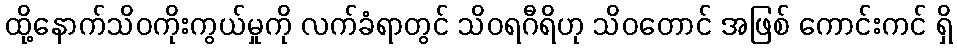
ထို့နောက်သိဝကိုးကွယ်မှုကို လက်ခံရာတွင် သိဝရဂီရိဟု သိဝတောင် အဖြစ် ကောင်းကင် ရှိ